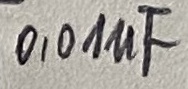
Text: 0,01µF